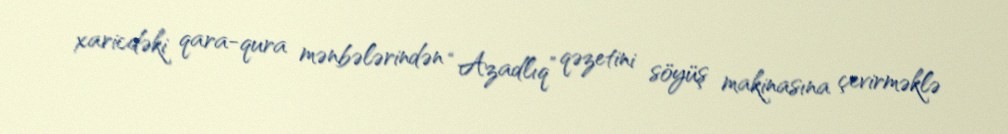
xaricdəki qara-qura mənbələrindən “Azadlıq” qəzetini söyüş makinasına çevirməklə